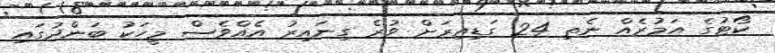
ކޯޓުގެ އަމުރެއް ނެތި 24 ގަޑިއިރަށް ވުރެ ގިނައިރު އެއްވެސް މީހަކު ބަންދުގައި